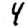
Digit: 4